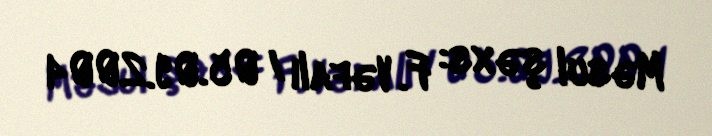
Məsul şəxs: F. Vəfalı / 05.09.2004